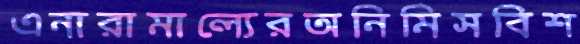
এনারামাল্যেরঅনিমিসবিশ